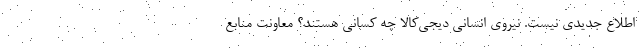
اطلاع جدیدی نیست. نیروی انسانی دیجی‌کالا چه کسانی هستند؟ معاونت منابع